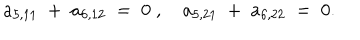
a _ { 5 , 1 1 } \; + \; a _ { 6 , 1 2 } \; = \; 0 \; , \quad a _ { 5 , 2 1 } \; + \; a _ { 6 , 2 2 } \; = \; 0 .